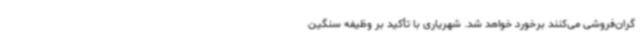
گران‌فروشی می‌کنند برخورد خواهد شد. شهریاری با تأکید بر وظیفه سنگین